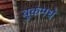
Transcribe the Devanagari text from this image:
बुकमधे